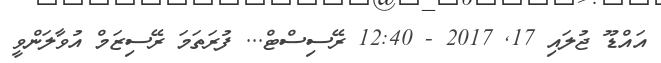
އައްޑޫ ޖުލައި 17